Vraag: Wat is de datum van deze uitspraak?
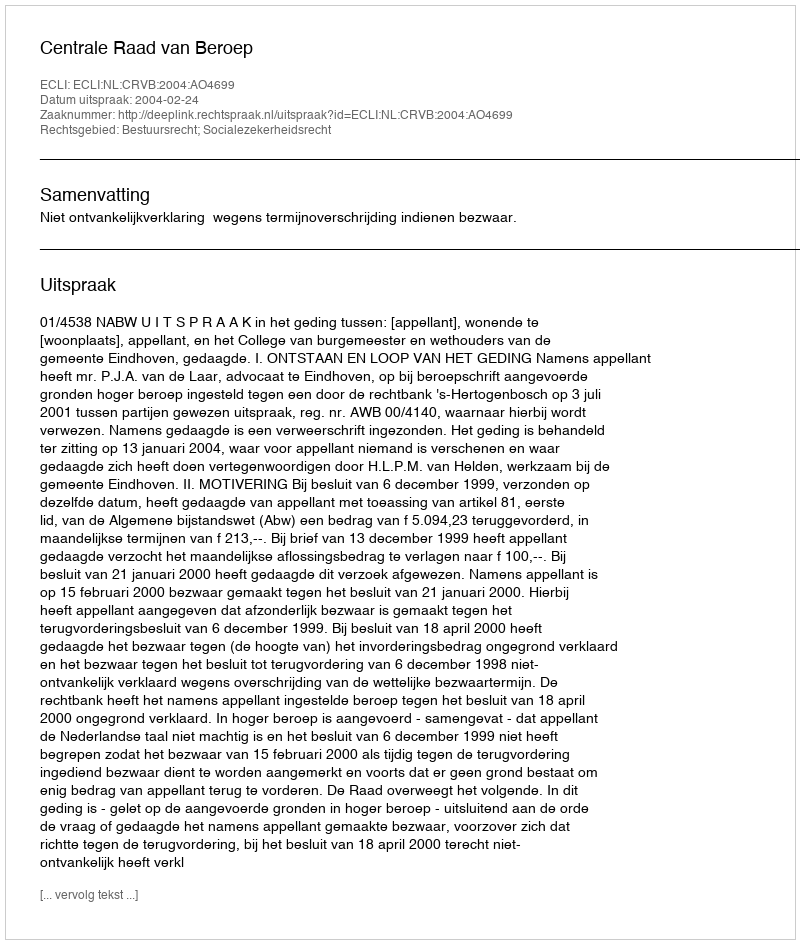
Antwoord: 2004-02-24